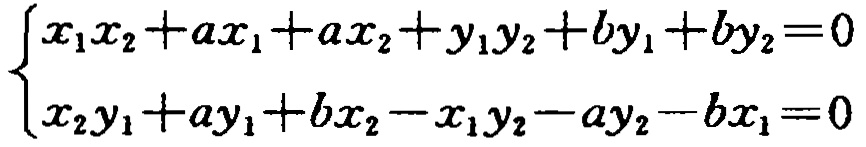
\[\begin{cases}
x_{1}x_{2}+ax_{1}+ax_{2}+y_{1}y_{2}+by_{1}+by_{2}=0\\
x_{2}y_{1}+ay_{1}+bx_{2}-x_{1}y_{2}-ay_{2}-bx_{1}=0
\end{cases}\]